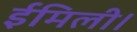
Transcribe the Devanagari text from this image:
ईमिली।